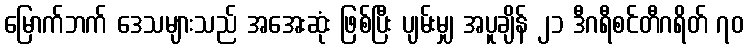
မြောက်ဘက် ဒေသများသည် အအေးဆုံး ဖြစ်ပြီး ပျမ်းမျှ အပူချိန် ၂၁ ဒီဂရီစင်တီဂရိတ် ၇၀